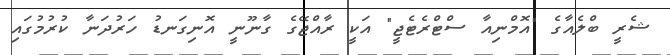
ޝެެރީ ބްލެއާގެ "އޮމްނިއާ ސްޓްރެޓެޖީ" އަކީ ރާއްޖޭގެ ގާނޫނީ އޮނިގަނޑު ހަރުދަނާ ކުރުމުގައި